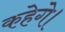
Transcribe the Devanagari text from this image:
कहेगे।